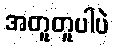
အတူတူပါပဲ